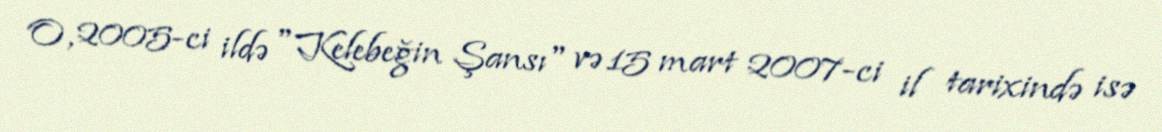
O, 2005-ci ildə "Kelebeğin Şansı" və 15 mart 2007-ci il tarixində isə